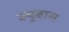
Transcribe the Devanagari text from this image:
क्यूबास